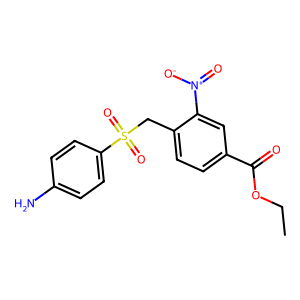
SMILES: CCOC(=O)c1ccc(CS(=O)(=O)c2ccc(N)cc2)c([N+](=O)[O-])c1
Inhibits HIV replication: No